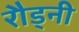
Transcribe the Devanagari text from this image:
रौड्नी